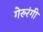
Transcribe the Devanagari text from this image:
गेरुरंगी